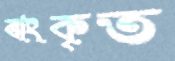
ঝংকৃত